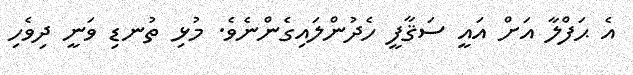
އެ ޙަފްލާ އަށް އައީ ސަޤާފީ ހެދުންލައިގެންނެވެ. މުޅި ތުނޑި ވަނީ ދިވެހި